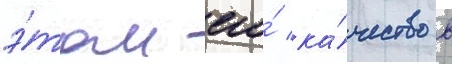
э́том его́ ка́чество в